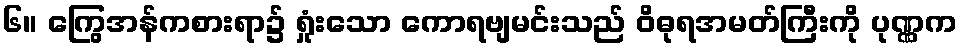
၆။ ကြွေအန်ကစားရာ၌ ရှုံးသော ကောရဗျမင်းသည် ဝိဓုရအမတ်ကြီးကို ပုဏ္ဏက